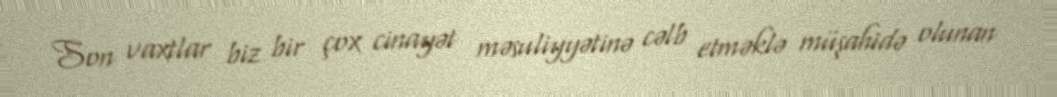
Son vaxtlar biz bir çox cinayət məsuliyyətinə cəlb etməklə müşahidə olunan